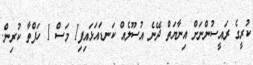
ކުރީގެ ރައީސުންނަށް އިނާޔަތް ދޭނެ އުސޫލެއް ކަނޑައަޅައިފި1 މަސް 1 ހަފްތާ ކުރިން.